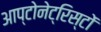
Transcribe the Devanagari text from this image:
आप्टोनेट्रिस्टों